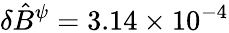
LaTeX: \delta\hat{B}^{\psi}=3.14\times 10^{-4}